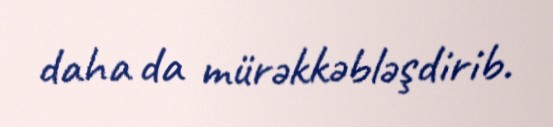
daha da mürəkkəbləşdirib.